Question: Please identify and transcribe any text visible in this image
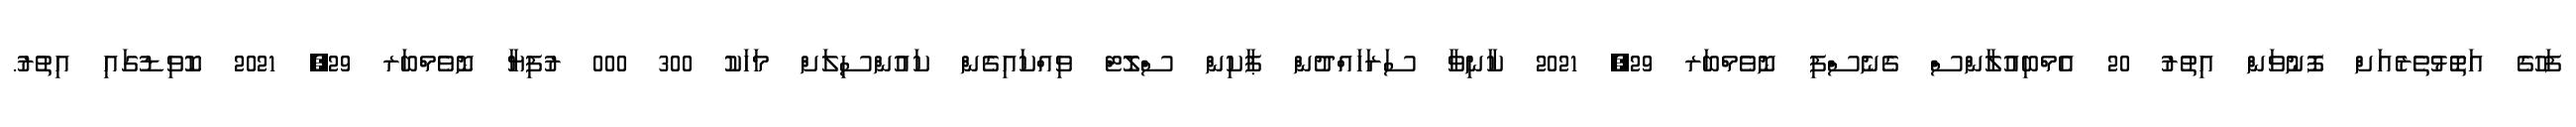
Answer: ފަހުގެ އަތޮޅުތެރެއަށް ފޮނުވަން އިތުރު 20 އެމްބިއުލާންސް ގެނެސްފި ނޮވެމްބަރ 29, 2021 ކާނިވާ ސަރަހައްދުން ޕާކިން ސްލޮޓް ވިއްކައިގެން ކައުންސިލަށް މަހަކު 300 000 ރުފިޔާ ނޮވެމްބަރ 29, 2021 ކޮވިޑުގައި އިތުރު.